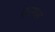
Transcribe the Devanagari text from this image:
गेलफांड